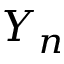
Y _ { n }